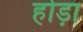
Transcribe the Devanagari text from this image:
होड़ा